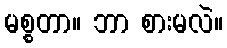
မစ္စတာ။ ဘာ စားမလဲ။